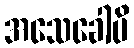
အသေခေါပိ